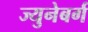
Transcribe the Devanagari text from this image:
ज्युनेबर्ग